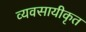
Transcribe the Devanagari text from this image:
व्यवसायीकृत